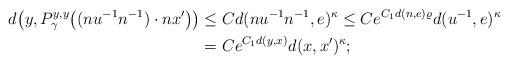
LaTeX: \begin{align*}d\big(y ,P^{y,y}_\gamma\big((nu^{-1}n^{-1})\cdot nx'\big)\big)&\leq C d(nu^{-1}n^{-1},e)^\kappa\leq Ce^{C_1d(n,e)\varrho}d(u^{-1},e)^\kappa\\ &=Ce^{C_1d(y,x)}d(x,x')^\kappa;\end{align*}